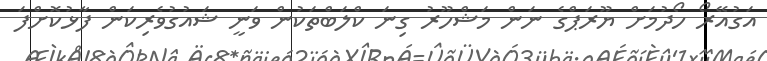
އަގުއޭރޯ ހޯދުމަށް ޔޫރަޕްގެ ނަން މަޝްހޫރު ގިނަ ކްލަބްތަކުން ވަނީ ޝައުގުވެރިކަން ފާޅުކޮށްފަ